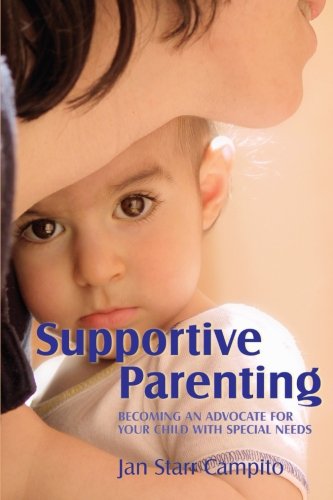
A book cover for Supportive Parenting: Becoming an Advocate for Your Child With Special Needs; Jan Starr Campito; Medical Books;